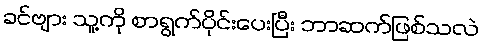
ခင်ဗျား သူ့ကို စာရွက်ပိုင်းပေးပြီး ဘာဆက်ဖြစ်သလဲ